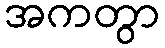
အကတွာ